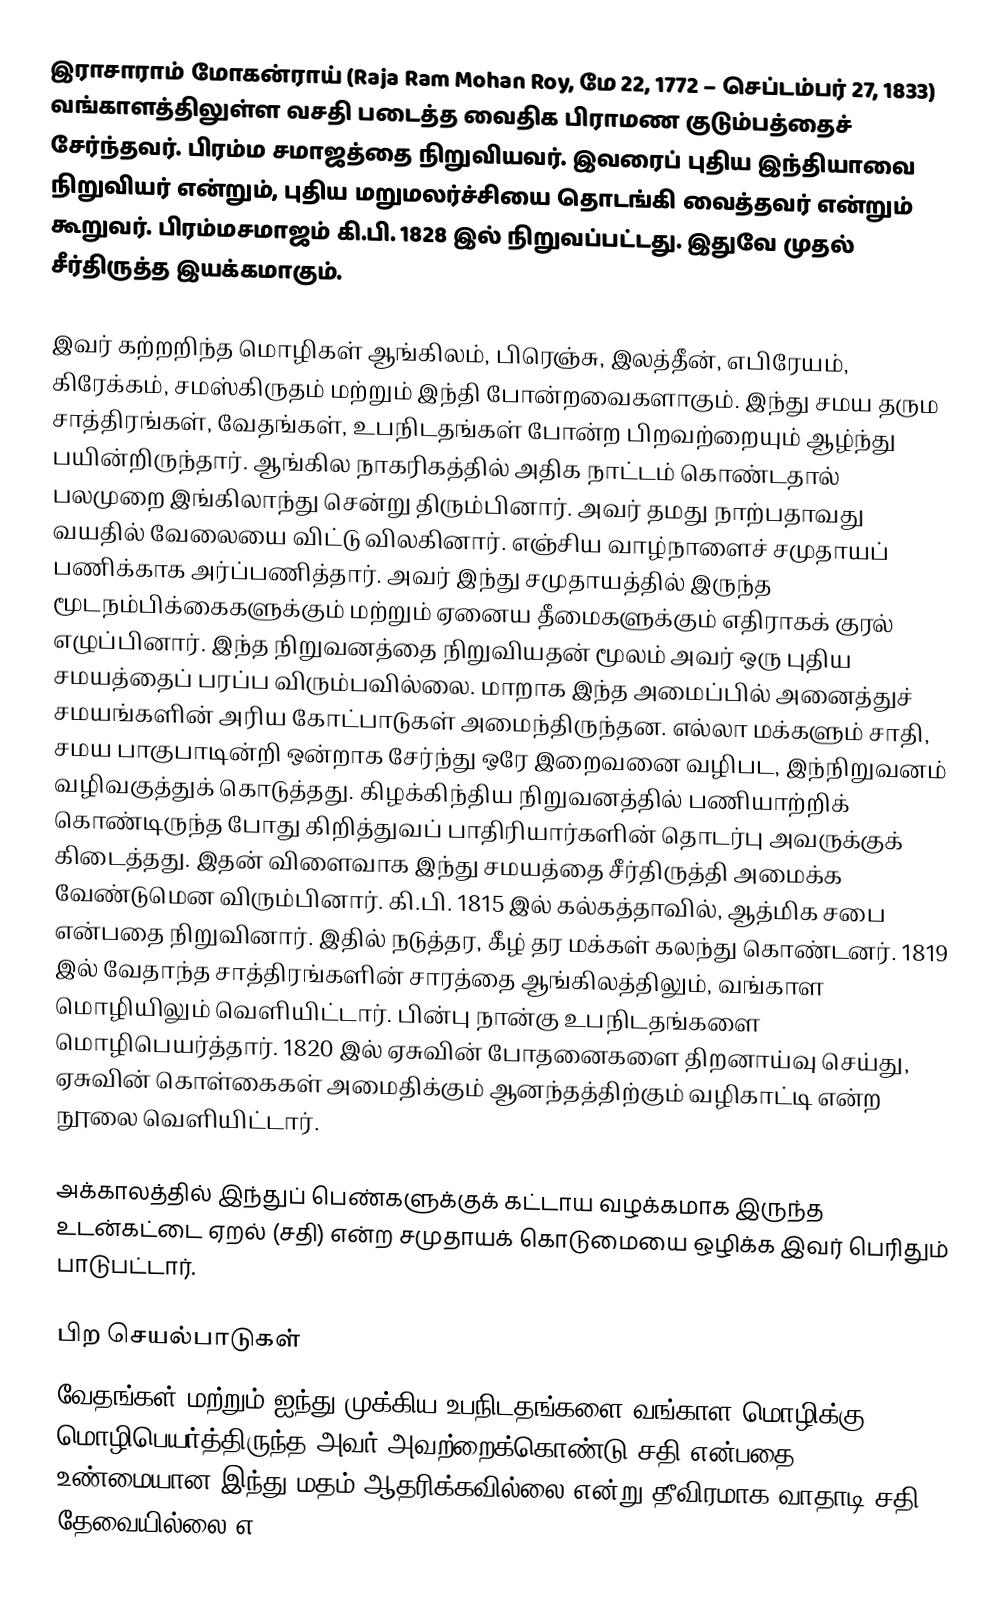
இராசாராம் மோகன்ராய் (Raja Ram Mohan Roy, மே 22, 1772 – செப்டம்பர் 27, 1833) வங்காளத்திலுள்ள வசதி படைத்த வைதிக பிராமண குடும்பத்தைச் சேர்ந்தவர். பிரம்ம சமாஜத்தை நிறுவியவர். இவரைப் புதிய இந்தியாவை நிறுவியர் என்றும், புதிய மறுமலர்ச்சியை தொடங்கி வைத்தவர் என்றும் கூறுவர். பிரம்மசமாஜம் கி.பி. 1828 இல் நிறுவப்பட்டது. இதுவே முதல் சீர்திருத்த இயக்கமாகும்.

இவர் கற்றறிந்த மொழிகள் ஆங்கிலம், பிரெஞ்சு, இலத்தீன், எபிரேயம், கிரேக்கம், சமஸ்கிருதம் மற்றும் இந்தி போன்றவைகளாகும். இந்து சமய தரும சாத்திரங்கள், வேதங்கள், உபநிடதங்கள் போன்ற பிறவற்றையும் ஆழ்ந்து பயின்றிருந்தார். ஆங்கில நாகரிகத்தில் அதிக நாட்டம் கொண்டதால் பலமுறை இங்கிலாந்து சென்று திரும்பினார். அவர் தமது நாற்பதாவது வயதில் வேலையை விட்டு விலகினார். எஞ்சிய வாழ்நாளைச் சமுதாயப் பணிக்காக அர்ப்பணித்தார். அவர் இந்து சமுதாயத்தில் இருந்த மூடநம்பிக்கைகளுக்கும் மற்றும் ஏனைய தீமைகளுக்கும் எதிராகக் குரல் எழுப்பினார். இந்த நிறுவனத்தை நிறுவியதன் மூலம் அவர் ஒரு புதிய சமயத்தைப் பரப்ப விரும்பவில்லை. மாறாக இந்த அமைப்பில் அனைத்துச் சமயங்களின் அரிய கோட்பாடுகள் அமைந்திருந்தன. எல்லா மக்களும் சாதி, சமய பாகுபாடின்றி ஒன்றாக சேர்ந்து ஒரே இறைவனை வழிபட, இந்நிறுவனம் வழிவகுத்துக் கொடுத்தது. கிழக்கிந்திய நிறுவனத்தில் பணியாற்றிக் கொண்டிருந்த போது கிறித்துவப் பாதிரியார்களின் தொடர்பு அவருக்குக் கிடைத்தது. இதன் விளைவாக இந்து சமயத்தை சீர்திருத்தி அமைக்க வேண்டுமென விரும்பினார். கி.பி. 1815 இல் கல்கத்தாவில், ஆத்மிக சபை என்பதை நிறுவினார். இதில் நடுத்தர, கீழ் தர மக்கள் கலந்து கொண்டனர். 1819 இல் வேதாந்த சாத்திரங்களின் சாரத்தை ஆங்கிலத்திலும், வங்காள மொழியிலும் வெளியிட்டார். பின்பு நான்கு உபநிடதங்களை மொழிபெயர்த்தார். 1820 இல் ஏசுவின் போதனைகளை திறனாய்வு செய்து, ஏசுவின் கொள்கைகள் அமைதிக்கும் ஆனந்தத்திற்கும் வழிகாட்டி என்ற நூலை வெளியிட்டார்.

அக்காலத்தில் இந்துப் பெண்களுக்குக் கட்டாய வழக்கமாக இருந்த உடன்கட்டை ஏறல் (சதி) என்ற சமுதாயக் கொடுமையை ஒழிக்க இவர் பெரிதும் பாடுபட்டார்.

பிற செயல்பாடுகள்
வேதங்கள் மற்றும் ஐந்து முக்கிய உபநிடதங்களை வங்காள மொழிக்கு மொழிபெயர்த்திருந்த அவர் அவற்றைக்கொண்டு சதி என்பதை உண்மையான இந்து மதம் ஆதரிக்கவில்லை என்று தீவிரமாக வாதாடி சதி தேவையில்லை எ